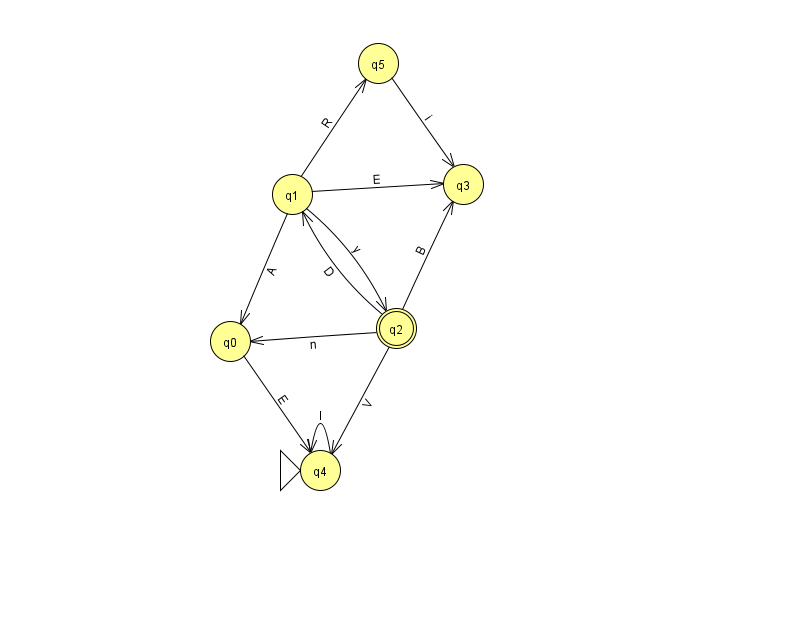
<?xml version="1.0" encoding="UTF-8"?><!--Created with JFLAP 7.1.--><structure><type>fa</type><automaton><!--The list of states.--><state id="0" name="q0"><x>230.0</x><y>328.0</y></state><state id="1" name="q1"><x>292.0</x><y>181.0</y></state><state id="2" name="q2"><x>396.0</x><y>315.0</y><final/></state><state id="3" name="q3"><x>463.0</x><y>171.0</y></state><state id="4" name="q4"><x>320.0</x><y>457.0</y><initial/></state><state id="5" name="q5"><x>378.0</x><y>50.0</y></state><!--The list of transitions.--><transition><from>0</from><to>4</to><read>E</read></transition><transition><from>1</from><to>2</to><read>y</read></transition><transition><from>1</from><to>0</to><read>A</read></transition><transition><from>2</from><to>3</to><read>B</read></transition><transition><from>5</from><to>3</to><read>i</read></transition><transition><from>1</from><to>5</to><read>R</read></transition><transition><from>2</from><to>0</to><read>n</read></transition><transition><from>4</from><to>4</to><read>I</read></transition><transition><from>2</from><to>4</to><read>V</read></transition><transition><from>1</from><to>3</to><read>E</read></transition><transition><from>2</from><to>1</to><read>D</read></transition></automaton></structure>